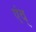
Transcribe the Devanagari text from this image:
एंव्